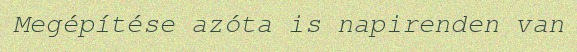
Megépítése azóta is napirenden van